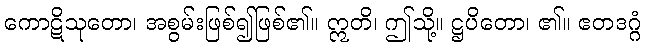
ကောဋိသုတော၊ အစွမ်းဖြစ်၍ဖြစ်၏။ ဣတိ၊ ဤသို့။ ဋ္ဌပိတော၊ ၏။ ဧတဒဂ္ဂံ